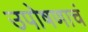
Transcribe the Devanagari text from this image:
उपोषणाचं